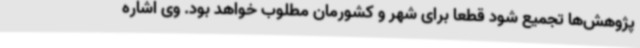
پژوهش‌ها تجمیع شود قطعاً برای شهر و کشورمان مطلوب خواهد بود. وی اشاره